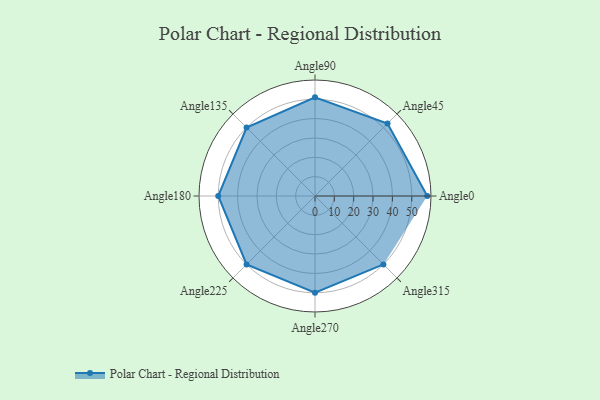
{"axis": {"x": "Angle", "y": "Radius"}, "legend": [""], "data": [{"x": "Angle0", "y": 58.0, "type": ""}, {"x": "Angle45", "y": 53.0, "type": ""}, {"x": "Angle90", "y": 51.0, "type": ""}, {"x": "Angle135", "y": 50.0, "type": ""}, {"x": "Angle180", "y": 50, "type": ""}, {"x": "Angle225", "y": 50, "type": ""}, {"x": "Angle270", "y": 50, "type": ""}, {"x": "Angle315", "y": 50, "type": ""}]}